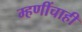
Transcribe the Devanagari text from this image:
म्हणींचाही